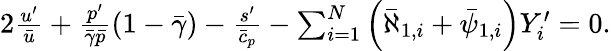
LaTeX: \begin{array}{r}{2\frac{u^{\prime}}{\bar{u}}+\frac{p^{\prime}}{\bar{\gamma}\bar{p}}(1-\bar{\gamma})-\frac{s^{\prime}}{\bar{c}_{p}}-\sum_{i=1}^{N}\left(\bar{\aleph}_{1,i}+\bar{\psi}_{1,i}\right)Y_{i}^{\prime}=0.}\end{array}